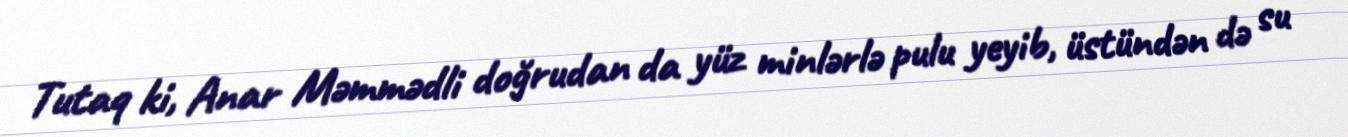
Tutaq ki, Anar Məmmədli doğrudan da yüz minlərlə pulu yeyib, üstündən də su